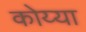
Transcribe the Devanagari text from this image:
कोय्या